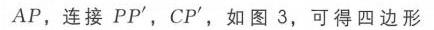
$AP$，连接 $PP'$，$CP'$，如图 3，可得四边形